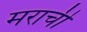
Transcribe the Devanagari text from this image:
मराची